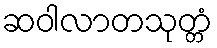
ဆဝါလာတသုတ္တံ